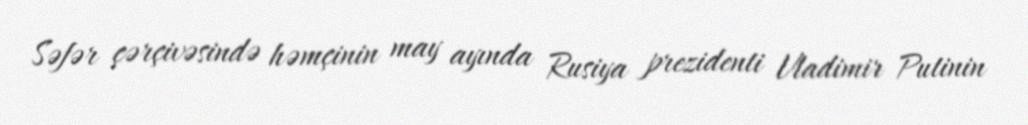
Səfər çərçivəsində həmçinin may ayında Rusiya prezidenti Vladimir Putinin